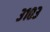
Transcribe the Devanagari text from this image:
३१०३